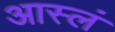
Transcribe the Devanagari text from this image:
आस्लं